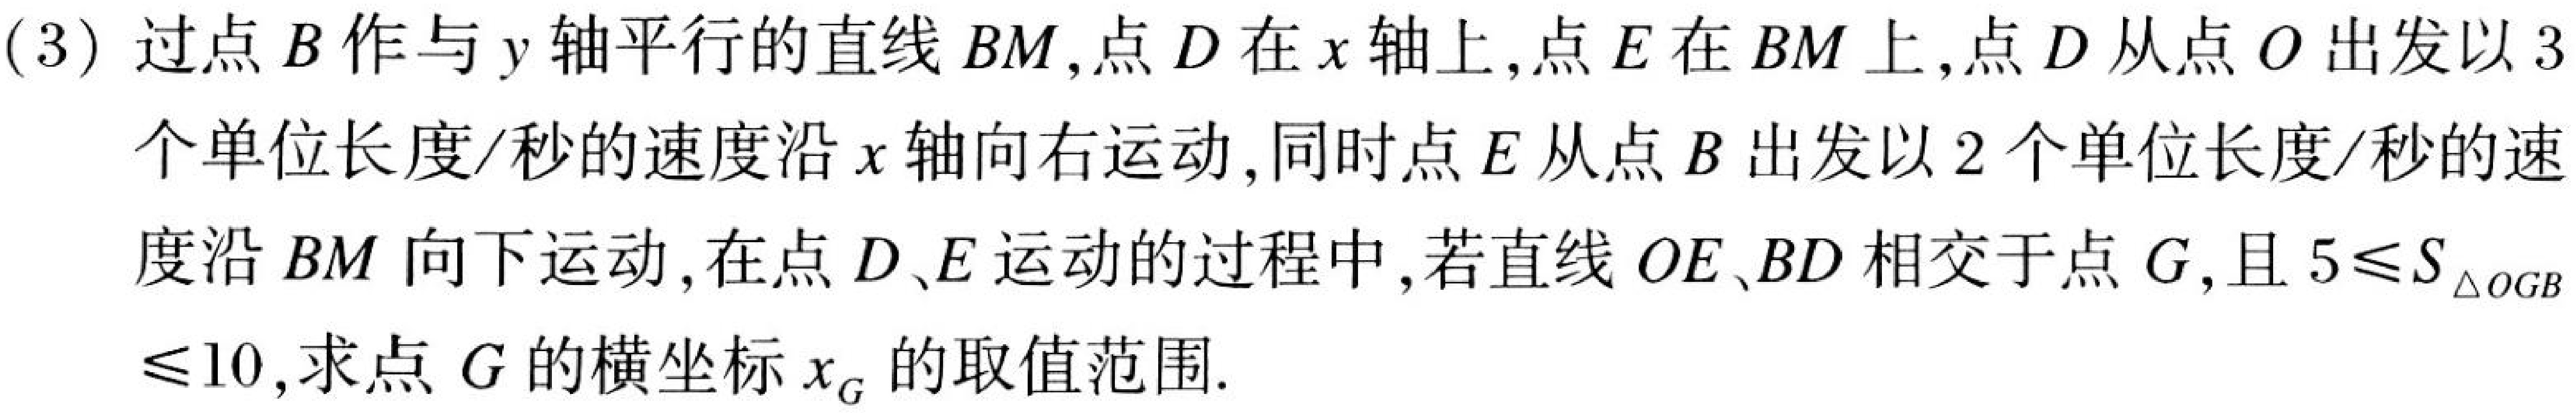
(3) 过点\(B\)作与\(y\)轴平行的直线\(BM\),点\(D\)在\(x\)轴上,点\(E\)在\(BM\)上,点\(D\)从点\(O\)出发以\(3\)
个单位长度/秒的速度沿\(x\)轴向右运动, 同时点\(E\)从点\(B\)出发以\(2\)个单位长度/秒的速
度沿\(BM\)向下运动,在点\(D、E\)运动的过程中,若直线\(OE、BD\)相交于点\(G\),且\(5\leq S_{\triangle OGB}\)
\(\leq10\),求点\(G\)的横坐标\(x_{G}\)的取值范围.